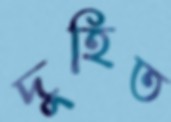
দুহিত